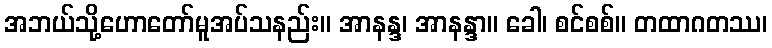
အဘယ်သို့ဟောတော်မူအပ်သနည်း။ အာနန္ဒ၊ အာနန္ဒာ။ ခေါ၊ စင်စစ်။ တထာဂတဿ၊